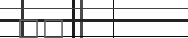
٤٤